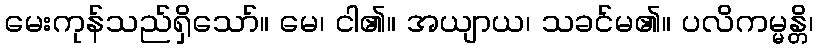
မေးကုန်သည်ရှိသော်။ မေ၊ ငါ၏။ အယျာယ၊ သခင်မ၏။ ပလိကမ္မန္တိ၊